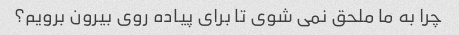
چرا به ما ملحق نمی شوی تا برای پیاده روی بیرون برویم؟